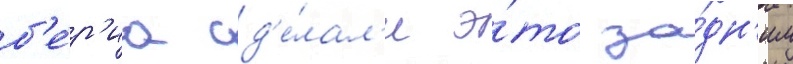
б'е́р'иа сд'е́лал'и э́то за́дн'им